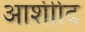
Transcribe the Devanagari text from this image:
आर्शीाद